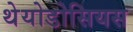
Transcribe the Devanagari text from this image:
थेयोडोसियस